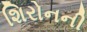
શિરોનની